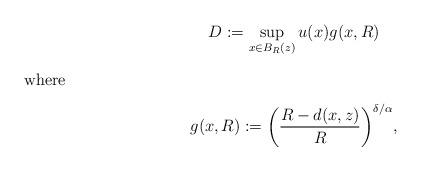
LaTeX: \begin{gather*}D:=\sup_{x\in B_R(z)} u(x)g(x,R)\\\intertext{where}g(x,R):=\biggl(\frac{R-d(x,z)}{R}\biggr)^{\delta/\alpha},\end{gather*}